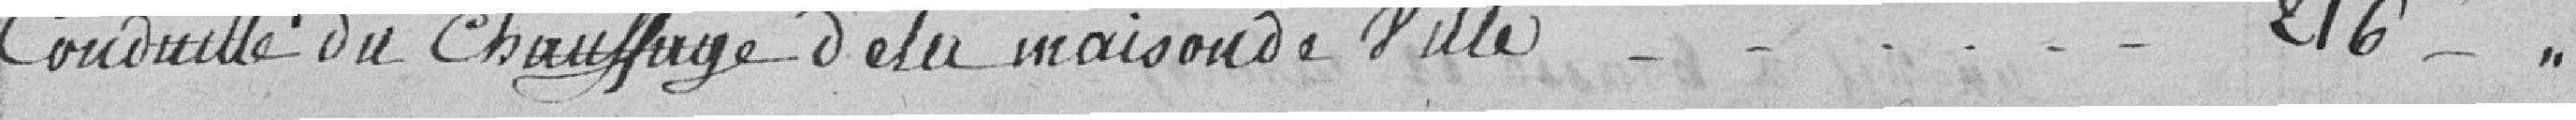
conduite du chauffage de la maison de ville 216